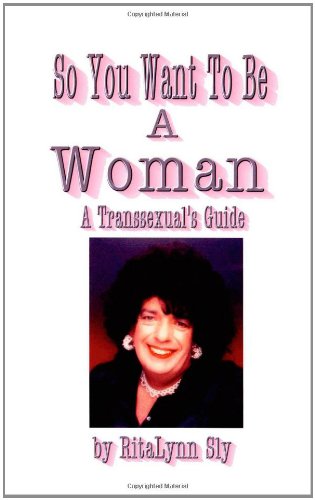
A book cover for So You Want To Be A Woman: A Transsexuals's Guide; RitaLynn Sly; Gay & Lesbian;